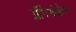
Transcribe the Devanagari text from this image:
प्लँगिओक्लेज